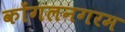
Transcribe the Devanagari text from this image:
कोंगलनगरम